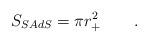
LaTeX: \begin{align*}S_{SAdS}= \pi r_+^2 \qquad .\end{align*}